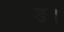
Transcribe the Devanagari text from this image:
ङ।